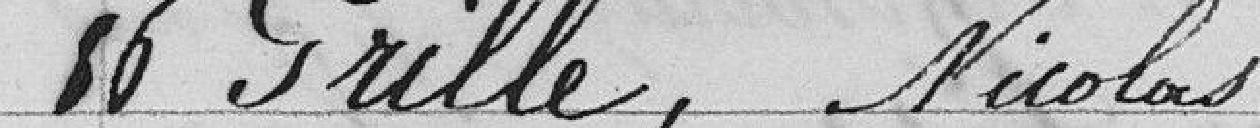
86 Grille, Nicolas